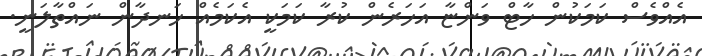
އެއްވެސް ކަމަކުން ހާޓް ވަންޏާ އަހަރެން ކުރާ ކަމަކީ އެކަމެއް ހަނދާން ނައްތާލަނީ.